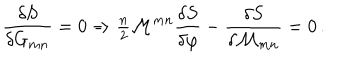
\frac { \delta S } { \delta G _ { m n } } = 0 \Rightarrow { \textstyle \frac { n } { 2 } } { \cal M } ^ { m n } \frac { \delta S } { \delta \varphi } - \frac { \delta S } { \delta { \cal M } _ { m n } } = 0 \, .